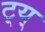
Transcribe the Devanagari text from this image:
ट्य्